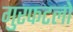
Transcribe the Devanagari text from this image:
गुरफटलो